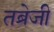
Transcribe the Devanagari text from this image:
तब्रेजी